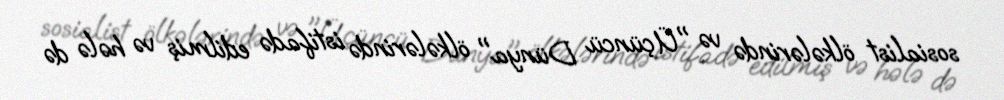
sosialist ölkələrində və "Üçüncü Dünya" ölkələrində istifadə edilmiş və hələ də